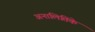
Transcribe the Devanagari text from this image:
अनालितिके